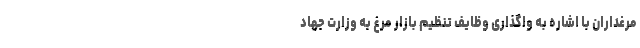
مرغداران با اشاره به واگذاری وظایف تنظیم بازار مرغ به وزارت جهاد